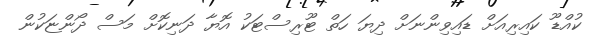
ކުއްޑޫ ކައިރިއަށް ޑައިވިންނަށް ދިޔަ ހަތް ޓޫރިސްޓަކު އޮޔާ ދަނިކޮށް މަސް ދޯންޏަކުން